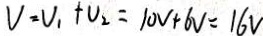
V = V _ { 1 } + V _ { 2 } = 1 0 V + 6 V = 1 6 V